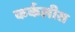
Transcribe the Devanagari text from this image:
कर्कलीस